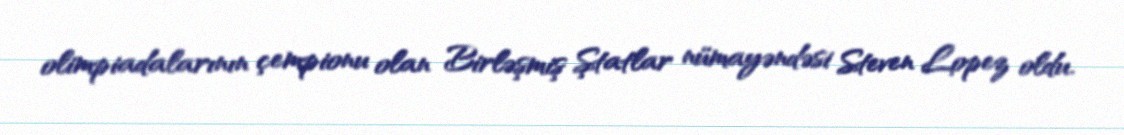
olimpiadalarının çempionu olan Birləşmiş Ştatlar nümayəndəsi Steven Lopez oldu.